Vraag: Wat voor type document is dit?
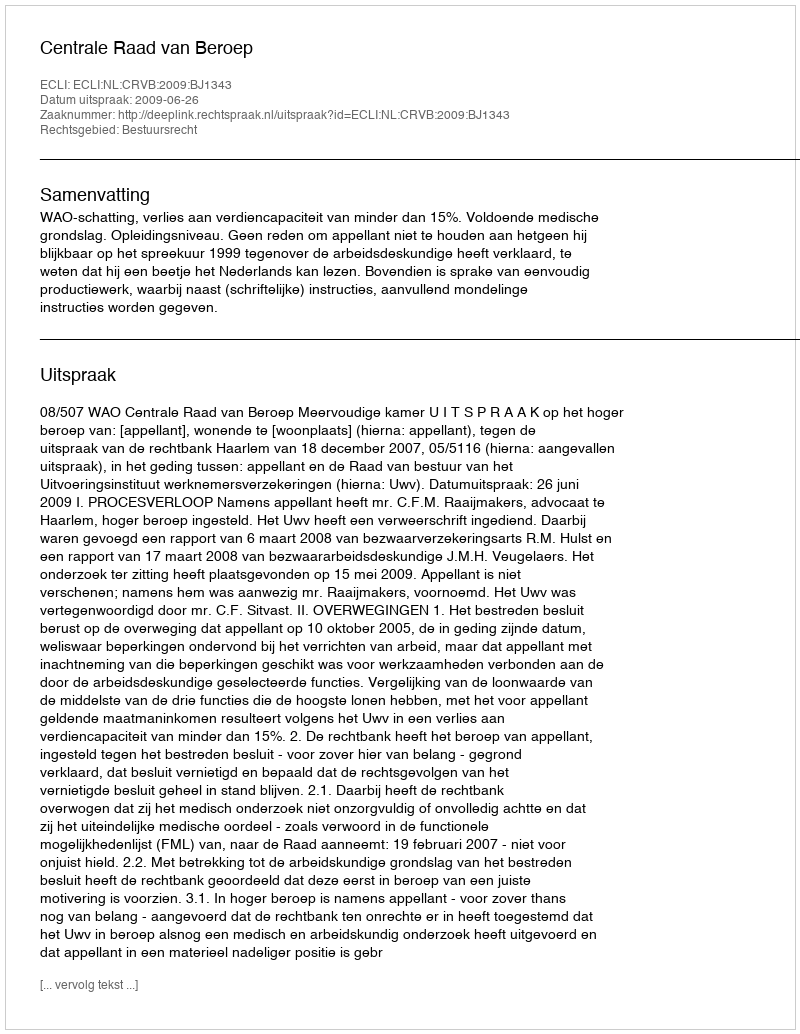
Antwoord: Uitspraak